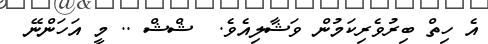
އެ ހިތް ބިރުވެރިކަމުން ވަޝާލިއެވެ.  ޝްޝް .. މީ އަހަންނޭ